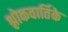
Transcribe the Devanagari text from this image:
श्लोकवार्तिके